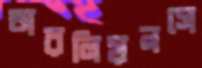
অরলিয়নসে